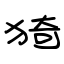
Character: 猗